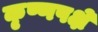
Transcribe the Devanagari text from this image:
कृष्णपक्षे